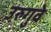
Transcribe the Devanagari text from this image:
उरुगुवे